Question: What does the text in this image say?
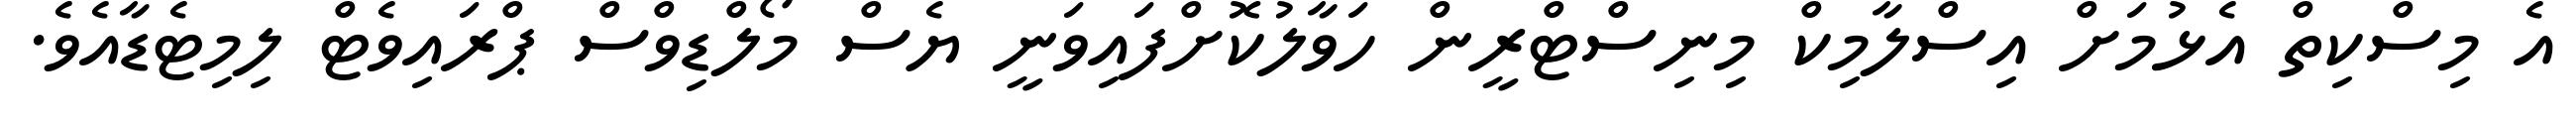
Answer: އެ މިސްކިތް އެޅުމަށް އިސްލާމިކް މިނިސްޓްރީން ހަވާލުކޮށްފައިވަނީ ޔެސް މޯލްޑިވްސް ޕްރައިވެޓް ލިމިޓެޑާއެވެ.